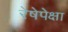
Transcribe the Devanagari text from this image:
रेषेपेक्षा